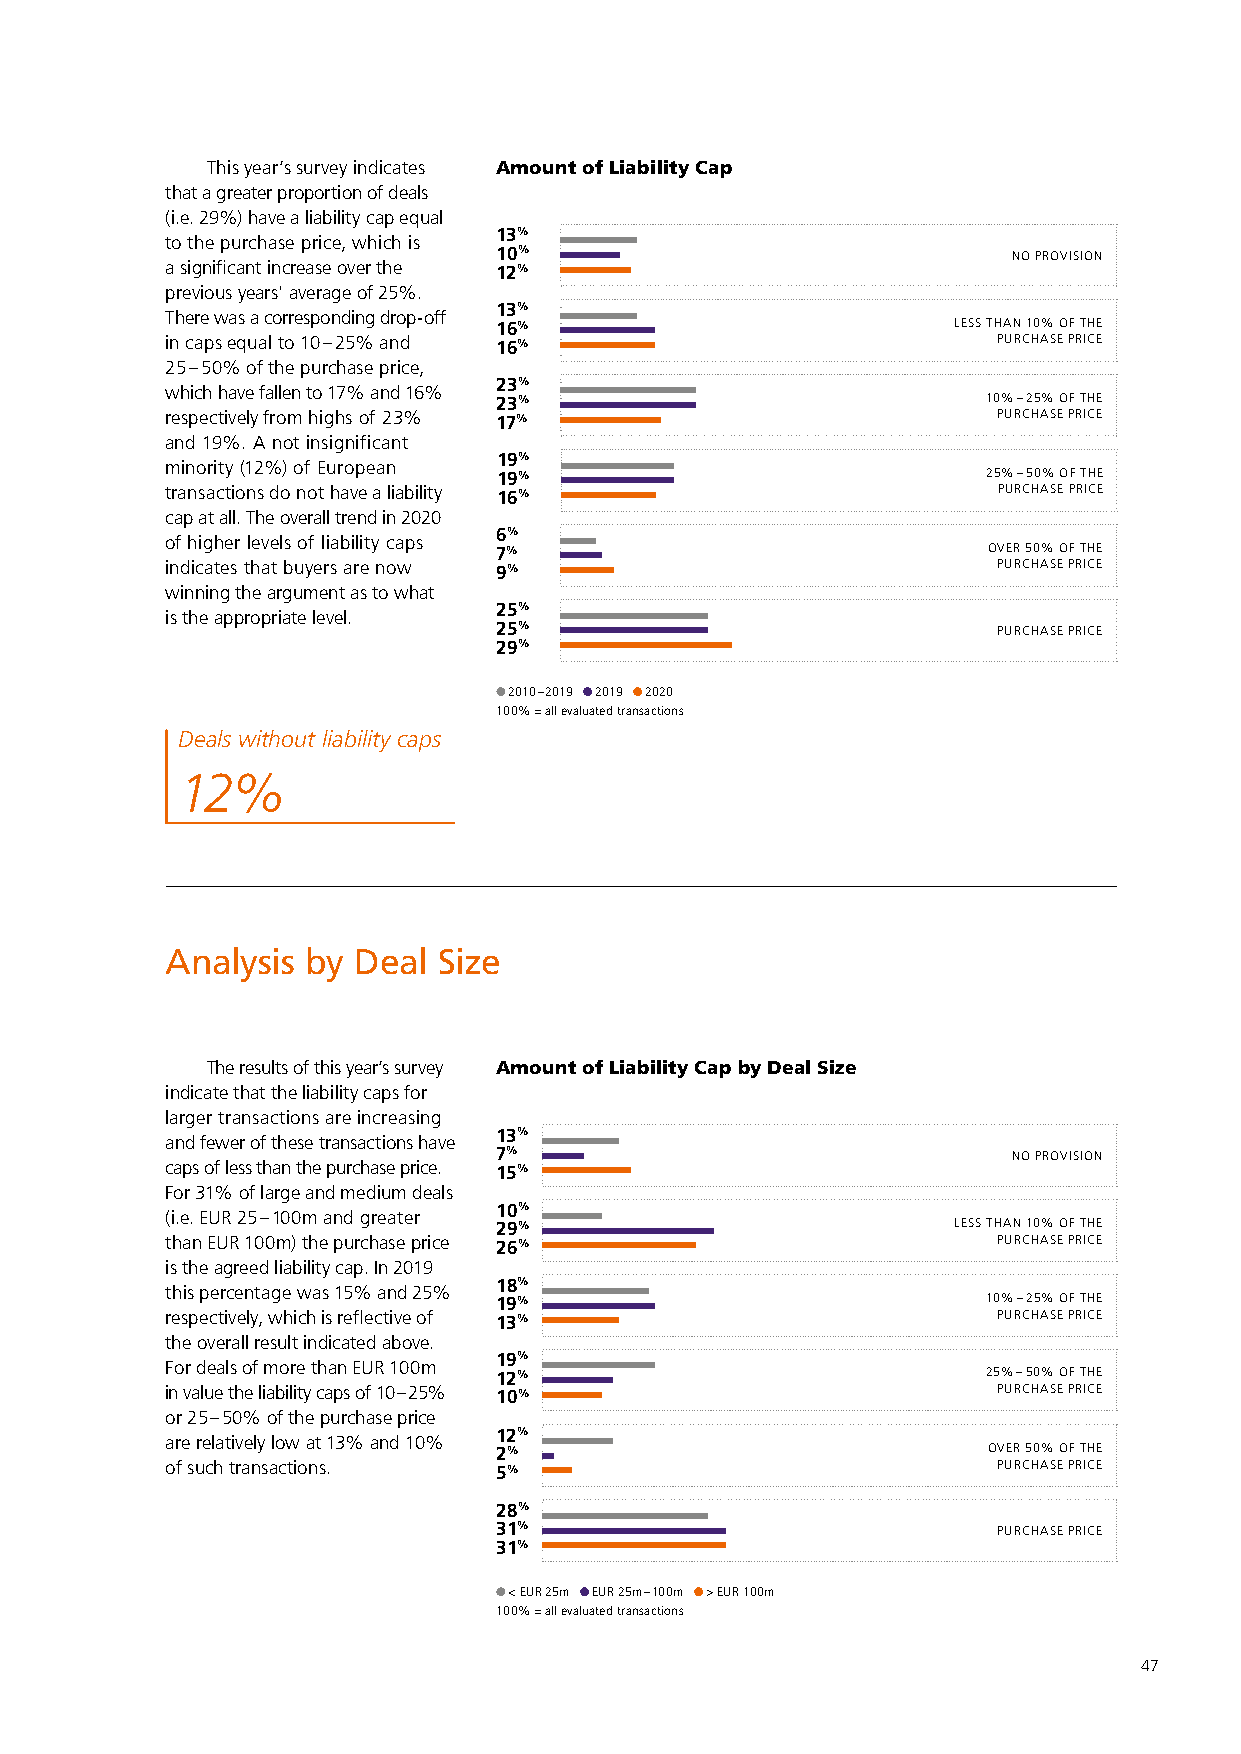
This year’s survey indicates Amount of Liability Cap
 that a greater proportion of deals
 (i.e. 29%) have a liability cap equal
 13%
 to the purchase price, which is
 10%                               NO PROVISION
 a significant increase over the 12%
 previous years' average of 25%.
 13%
 There was a corresponding drop-off
 16%                           LESS THAN 10% OF THE
 in caps equal to 10 – 25% and 16%                      PURCHASE PRICE
 25 – 50% of the purchase price,
 23%
 which have fallen to 17% and 16%
 23%                             10% – 25% OF THE
 respectively from highs of 23% 17%                     PURCHASE PRICE
 and 19%. A not insignificant
 19%
 minority (12%) of European
 19%                             25% – 50% OF THE
 transactions do not have a liability 16%               PURCHASE PRICE
 cap at all. The overall trend in 2020
 6%
 of higher levels of liability caps
 7%                              OVER 50% OF THE
 indicates that buyers are now 9%                       PURCHASE PRICE
 winning the argument as to what
 25%
 is the appropriate level.
 25%                              PURCHASE PRICE
 29%
 2010 – 2019 2019 2020
 100 % = all evaluated transactions
 Deals without liability caps
 12%
 Analysis by Deal  Size
 The results of this year’s survey Amount of Liability Cap by Deal Size
 indicate that the liability caps for
 larger transactions are increasing
 13%
 and fewer of these transactions have
 7%                                NO PROVISION
 caps of less than the purchase price. 15%
 For 31% of large and medium deals
 10%
 (i.e. EUR 25 – 100m and greater
 29%                           LESS THAN 10% OF THE
 than EUR 100m) the purchase price 26%                  PURCHASE PRICE
 is the agreed liability cap. In 2019
 18%
 this percentage was 15% and 25%
 19%                             10% – 25% OF THE
 respectively, which is reflective of 13%               PURCHASE PRICE
 the overall result indicated above.
 19%
 For deals of more than EUR 100m
 12%                             25% – 50% OF THE
 in value the liability caps of 10 – 25% 10%            PURCHASE PRICE
 or 25 – 50% of the purchase price
 12%
 are relatively low at 13% and 10%
 2%                              OVER 50% OF THE
 of such transactions. 5%                               PURCHASE PRICE
 28%
 31%                              PURCHASE PRICE
 31%
 < EUR 25m EUR 25m – 100m > EUR 100m
 100 % = all evaluated transactions
 47